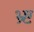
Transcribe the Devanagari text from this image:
भ्र्ष्ट